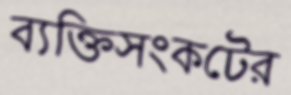
ব্যক্তিসংকটের